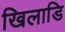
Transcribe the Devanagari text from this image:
खिलाडि